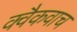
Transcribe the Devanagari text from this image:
क्वैकवाच